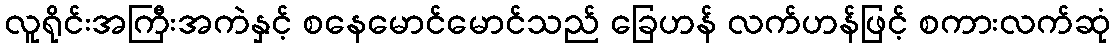
လူရိုင်းအကြီးအကဲနှင့် စနေမောင်မောင်သည် ခြေဟန် လက်ဟန်ဖြင့် စကားလက်ဆုံ